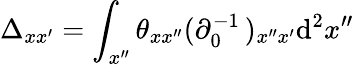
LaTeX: \Delta_{xx^{\prime}}=\int_{x^{\prime\prime}}\theta_{xx^{\prime\prime}}(\partial_{0}^{-1}\, )_{x^{\prime\prime}x^{\prime}}\mathrm{d}^{2}x^{\prime\prime}